Papers set at the Examination for Leaving Certificates, 1891
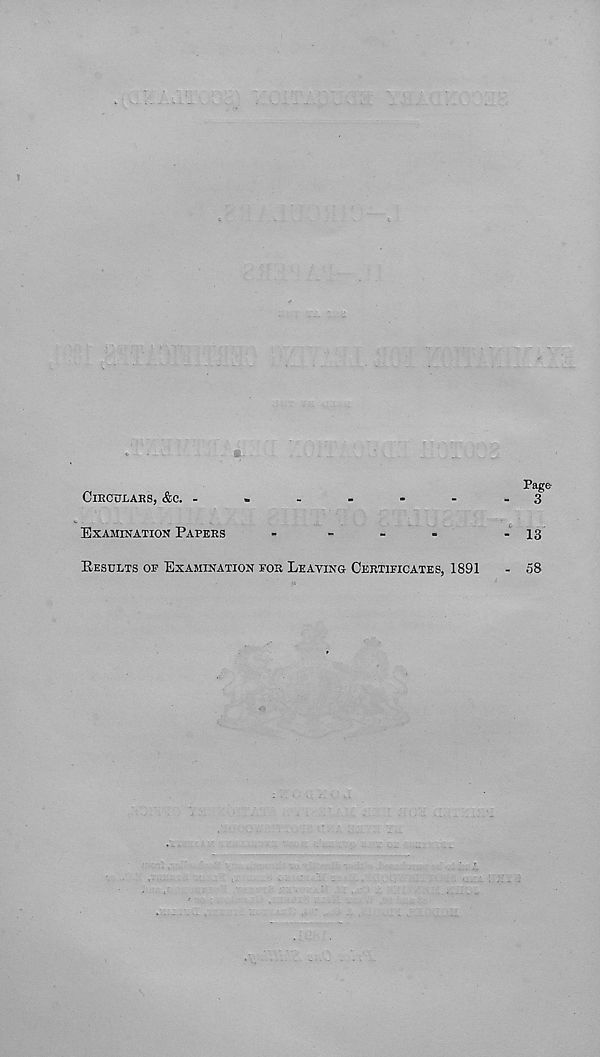
CIRCULARS, &C. -
EXAMINATION PAPERS
Page
3
8-
- 13
EESULTS OP EXAMINATION FOR LEAVING CERTIFICATES, 1891
- 58